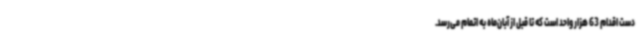
دست اقدام 63 هزار واحد است که تا قبل از آبان‌ماه به اتمام می‌رسد.